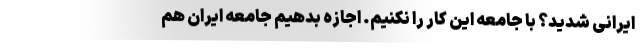
ایرانی شدید؟ با جامعه این کار را نکنیم. اجازه بدهیم جامعه ایران هم